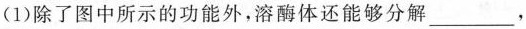
(1)除了图中所示的功能外，溶酶体还能够分解___，